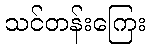
သင်တန်းကြေး